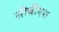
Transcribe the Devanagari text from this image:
सीबीएश